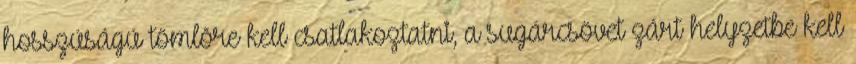
hosszúságú tömlõre kell csatlakoztatni, a sugárcsövet zárt helyzetbe kell